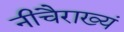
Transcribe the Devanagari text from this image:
नीचैराख्यं